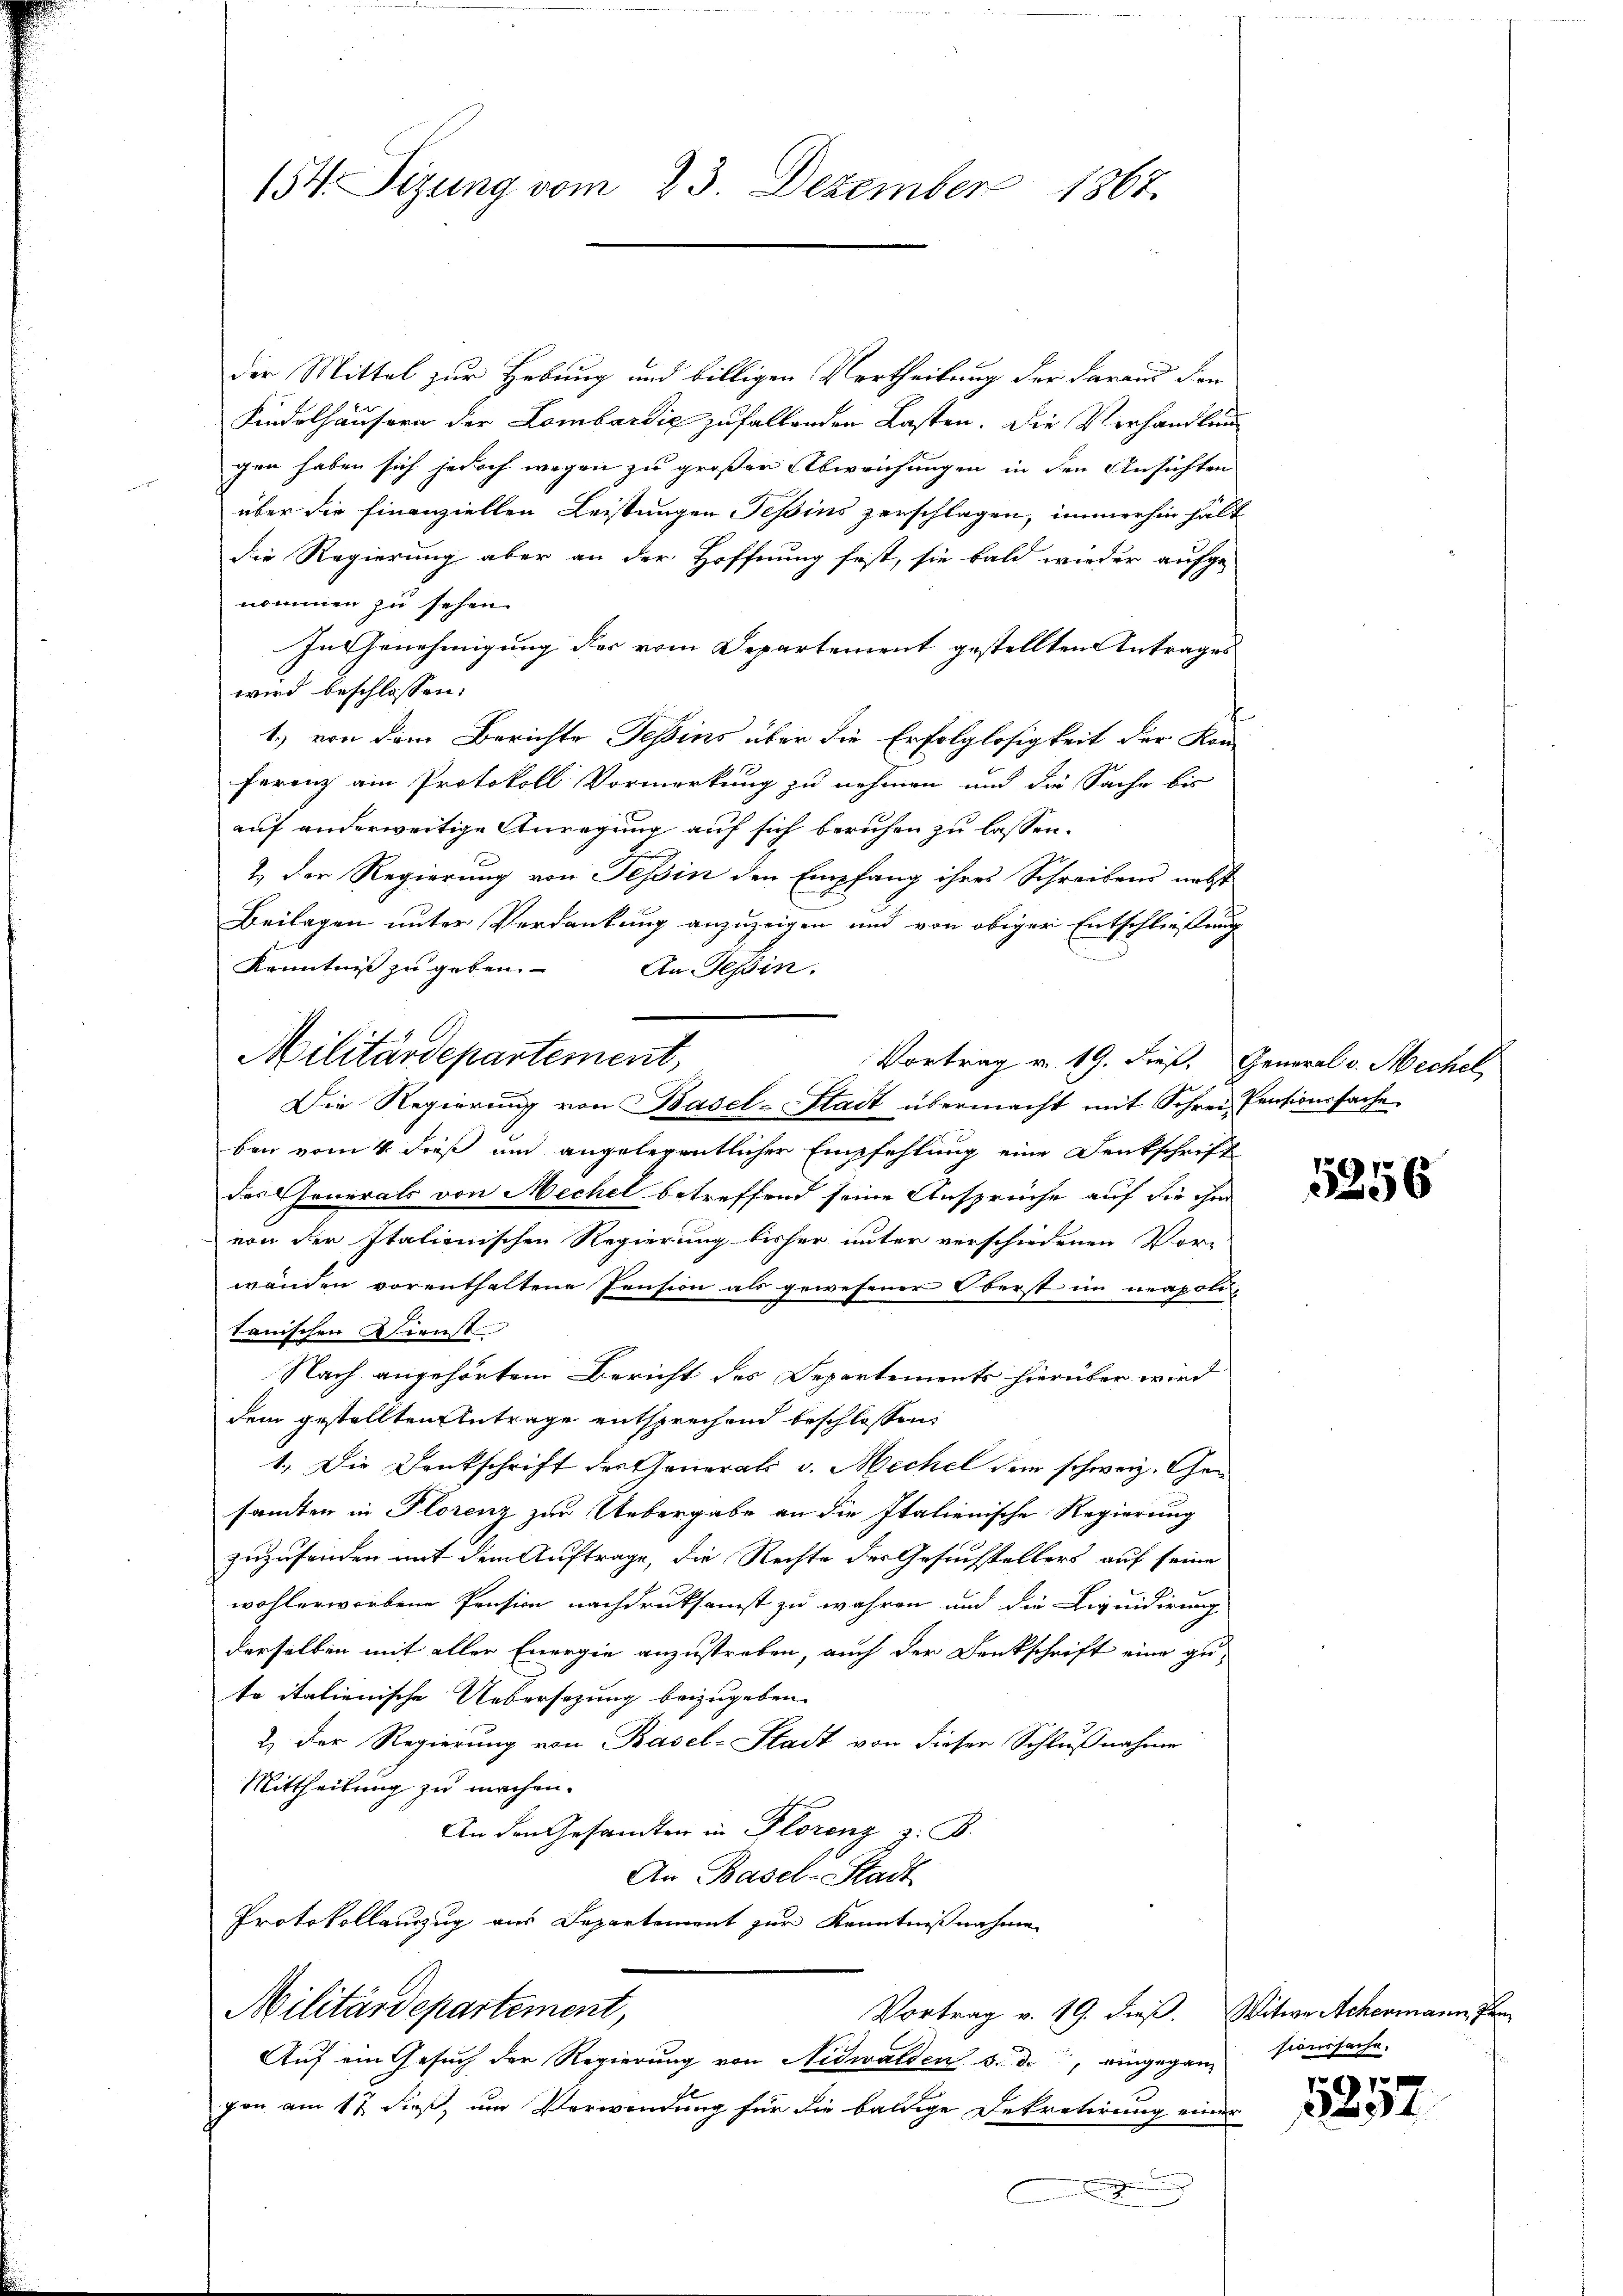
154. Sizung vom 23. Dezember 1867.

der Mittel zur Hebung und billigen Vertheilung der Farand den
Kindelhäusern der Lombardig zufallenden Lasten. Die Verhandlung
gen haben sich jedoch wegen zu großen Abweichungen in den Ansichten
über die finanziellen Leistungen Pepins zerschlagen, immerhin hält
die Regierung aber an der Hoffnung fest, sie bald wieder aufge-
nommen zu sehen.
In Genehmigung der vom Departement gestellten Antrages
wird beschlossen:
f
1.) von dem Berichte Pepins über die Erfolglosigkeit der Kon-
ferenz am Protokoll Vormerkung zu nehmen und die Sache bis
auf anderweitige Anregung auf sich beruhen zu lassen.
2.) Der Regierung von Tessin den Empfang ihres Schreibens nebst
Beilagen unter Verdankung anzuzeigen und von obiger Entschließung
Kenntnis zu geben.
An Tessin.
Vortrag v. 19. dieß. General v. Mechel,
ben vom 4. dieß und angelegentlicher Empfehlung eine Denkschrift
des Generals von Mechel betreffend seine Ansprüche auf die ihm
von der Italienischen Regierung bisher unter verschiedenen Vor-
wanden vorenthaltene Pension als gewesener Oberst im neapoli-
tanischen Dienst
Nach angehörtem Bericht des Departements hierüber wird
dem gestellten Antrage entsprechend beschlossen,
1. Die Dankschrift der Generali v. Mechel dem schweiz. Gesanten in Florenz zur Uebergabe an die Italienische Regierung
zuzusenden mit dem Auftrage, die Rechte der Gesuchstellers auf seine
wohlerworbene Pension nachdruksamst zu währen und die Liquidirung
derselben mit aller Energie anzustreben, auch der Denkschrift eine gute italienische Uebersezung beizugeben.
2) Der Regierung von Basel-Stadt von dieser Schlußnahme
Mittheilung zu machen.
An den Gesandten in Florenz z. B.
An Basel-Stadt
Protokollauszug aus Departement zur Kenntnißnahme
Militärdepartement,
Vortrag v. 19. dieß. Witwe Achermann Per
Auf ein Gesuch der Regierung von Nidwalden 3. d., eingegang
gon am 17. dieß, um Verwendung für die baldige Dekretirung einer
.

Militärdepartement,
Die Regierung von Basel-Stadt übermacht mit Schrei Pensionssache

5256

sionssache.

1857.